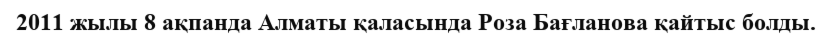
2011 жылы 8 ақпанда Алматы қаласында Роза Бағланова қайтыс болды.